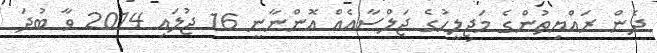
ދެން ރައްޔިތުންގެ މަޖިލީހުގެ ޖަލްސާއެއް އޮންނާނީ 16 ޖުލައި 2014 ވާ ބުދަ